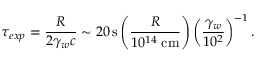
\tau _ { e x p } = \frac { R } { 2 \gamma _ { w } c } \sim 2 0 \, \mathrm { s } \left( \frac { R } { 1 0 ^ { 1 4 } \mathrm { \; c m } } \right) \left( \frac { \gamma _ { w } } { 1 0 ^ { 2 } } \right) ^ { - 1 } .